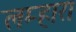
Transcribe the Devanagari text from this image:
लम्हारा